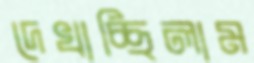
দেখাচ্ছিলাম